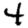
Digit: 4